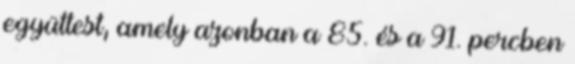
együttest, amely azonban a 85. és a 91. percben